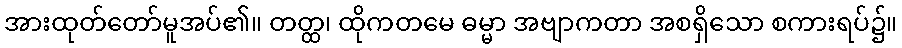
အားထုတ်တော်မူအပ်၏။ တတ္ထ၊ ထိုကတမေ ဓမ္မာ အဗျာကတာ အစရှိသော စကားရပ်၌။